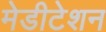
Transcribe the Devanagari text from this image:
मेडीटेशन